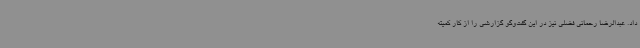
داد. عبدالرضا رحمانی فضلی نیز در این گفت‌وگو گزارشی را از کار کمیته